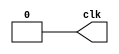
module clock_repeat (clk);
output clk;
reg clk;

initial begin
  clk = 0;
  repeat(16)
    begin
      #5 clk = ~clk;
    end
end

endmodule // clock_repeat